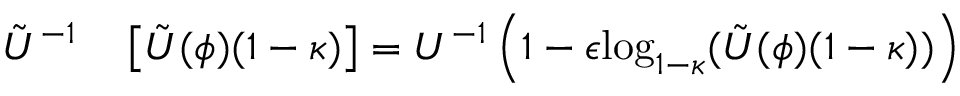
\begin{array} { r l } { \tilde { U } ^ { - 1 } } & { { } \left[ \tilde { U } ( \phi ) ( 1 - \kappa ) \right] = U ^ { - 1 } \left( 1 - \epsilon \mathrm { l o g } _ { 1 - \kappa } ( \tilde { U } ( \phi ) ( 1 - \kappa ) ) \right) } \end{array}